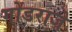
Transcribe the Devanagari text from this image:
गोंडराजे